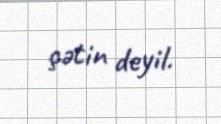
çətin deyil.